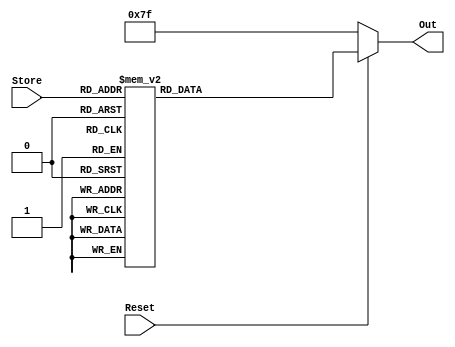
`timescale 1ns / 1ps
module SegLED(
	input[3:0] Store,
	input Reset,
	output reg[6:0] Out
);
	always@(Store or Reset)begin
		if(Reset==0)begin
			Out=	8'b1111111;
		end
		else begin
			case(Store)
				4'b0000:	Out=	7'b0000001;	//0
				4'b0001:	Out=	7'b1001111;	//1
				4'b0010:	Out=	7'b0010010;	//2
				4'b0011:	Out=	7'b0000110;	//3
				4'b0100:	Out=	7'b1001100;	//4
				4'b0101:	Out=	7'b0100100;	//5
				4'b0110:	Out=	7'b0100000;	//6
				4'b0111:	Out=	7'b0001111;	//7
				4'b1000:	Out=	7'b0000000;	//8
				4'b1001:	Out=	7'b0000100;	//9
				4'b1010:	Out=	7'b0001000;	//A
				4'b1011:	Out=	7'b1100000;	//b
				4'b1100:	Out=	7'b0110001;	//C
				4'b1101:	Out=	7'b1000010;	//d
				4'b1110:	Out=	7'b0110000;	//E
				4'b1111:	Out=	7'b0111000;	//F
				default:	Out=	7'b0000000;	//all light
			endcase
		end
	end
endmodule